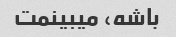
باشه، میبینمت